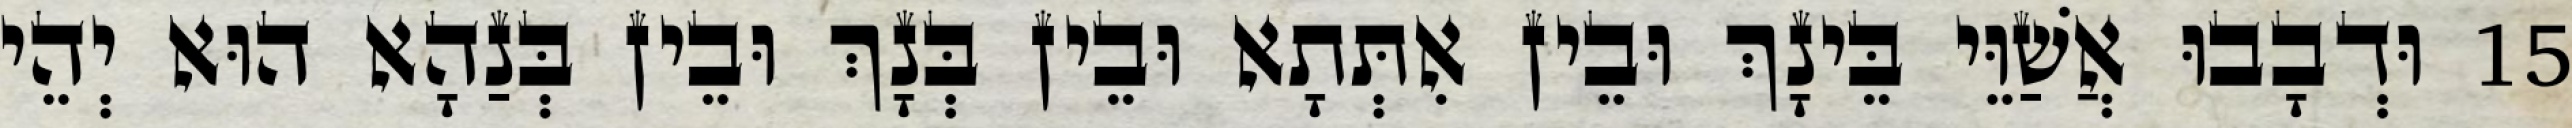
15 וּדְבָבוּ אֲשַׁוֵּי בֵּינָךְ וּבֵין אִתְּתָא וּבֵין בְּנָךְ וּבֵין בְּנַהָא הוּא יְהֵי